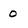
Character: o